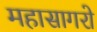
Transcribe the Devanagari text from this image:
महासागरो